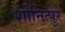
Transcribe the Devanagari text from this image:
शोनित्पुर